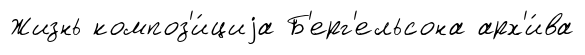
Жизнь композ'и́циjа Б'ерг'ельсона арх'и́ва